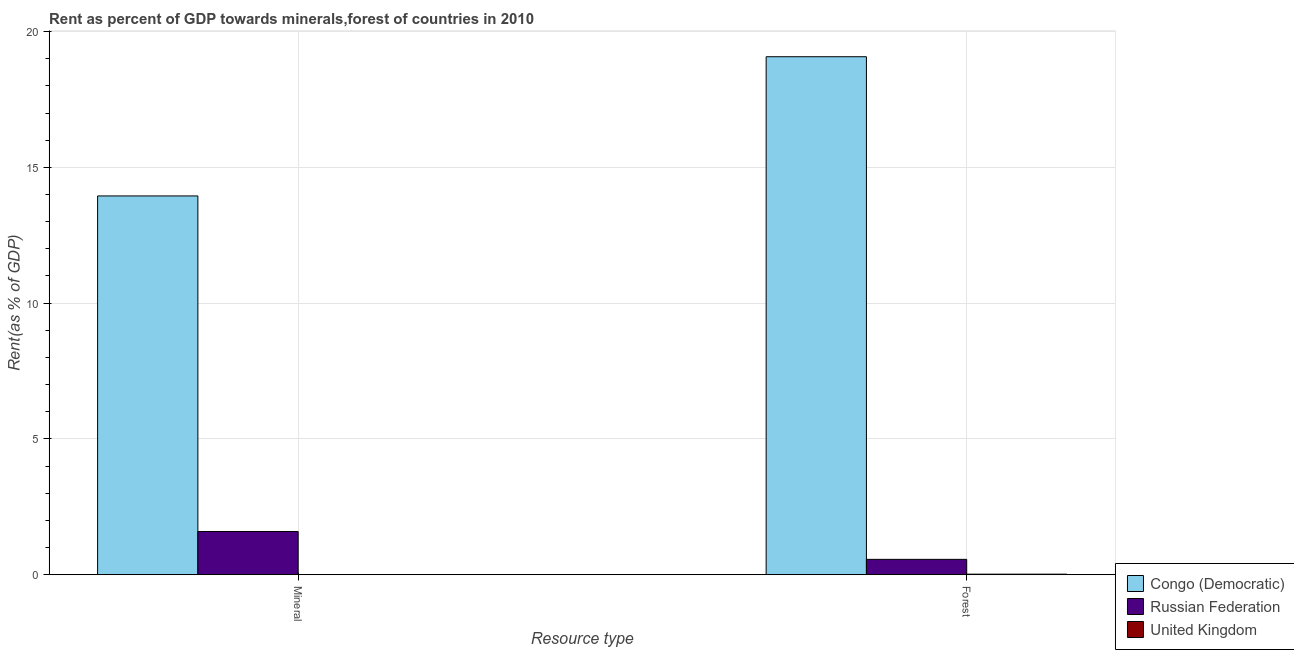
| Resource type | Congo (Democratic) | Russian Federation | United Kingdom |
 | --- | --- | --- | --- |
 | Mineral | 13.9 | 1.59 | 0.00023 |
 | Forest | 19.1 | 0.565 | 0.0196 |